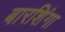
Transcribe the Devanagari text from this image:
बारशिंगा